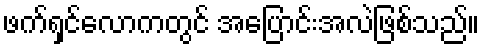
ဖက်ရှင်လောကတွင် အပြောင်းအလဲဖြစ်သည်။